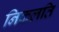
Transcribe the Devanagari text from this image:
निकलति